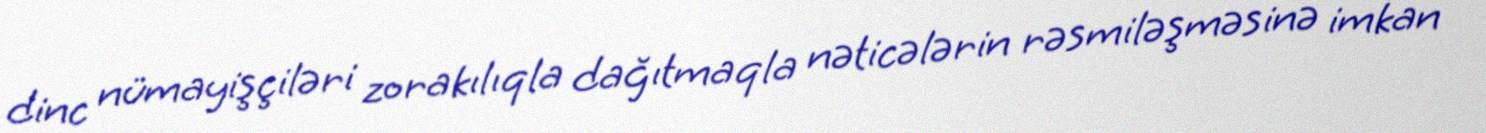
dinc nümayişçiləri zorakılıqla dağıtmaqla nəticələrin rəsmiləşməsinə imkan